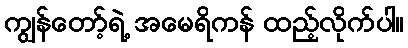
ကျွန်တော့်ရဲ့ အမေရိကန် ထည့်လိုက်ပါ။